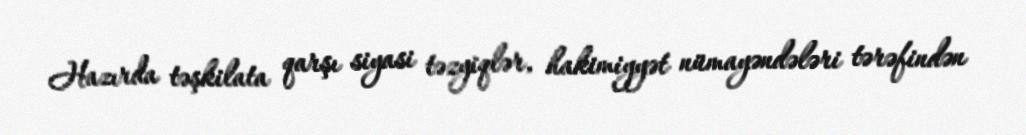
Hazırda təşkilata qarşı siyasi təzyiqlər, hakimiyyət nümayəndələri tərəfindən